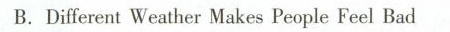
B.Different Weather Makes People Feel Bad